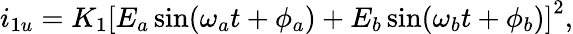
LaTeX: i_{1u}=K_{1}\left[E_{a}\sin(\omega_{a}t+\phi_{a})+E_{b}\sin(\omega_{b}t+\phi_{b})\right]^{2},